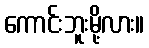
ကောင်းဘူးမို့လား။